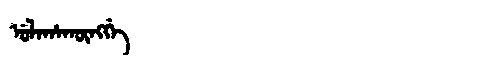
Manchu: ᡠᠯᠠᡥᠠᡴᡡᠩᡤᡝ
Romanization: ULAHAKŪNGGE